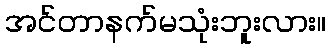
အင်တာနက်မသုံးဘူးလား။